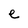
Character: e